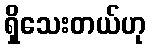
ရှိသေးတယ်ဟု